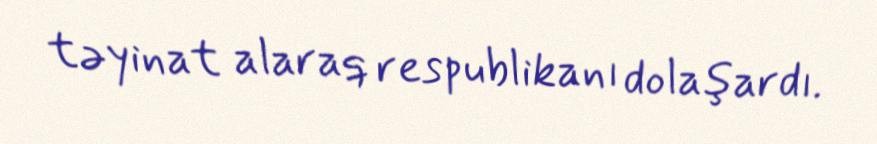
təyinat alaraq respublikanı dolaşardı.